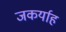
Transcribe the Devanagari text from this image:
जकर्याह